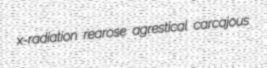
x-radiation rearose agrestical carcajous